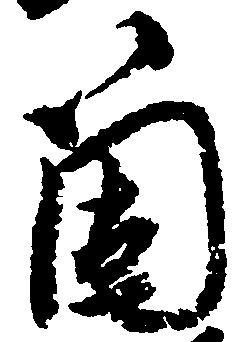
箇